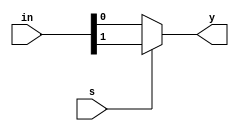
module ternary_mux(in,s,y);
input [1:0] in;
input s;
output y;

assign y = s==0 ? in[0] : in[1];
endmodule